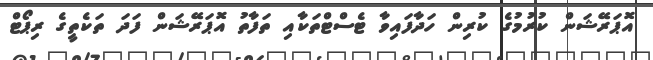
އޮޕަރޭޝަން ކުރުމުގެ ކުރިން ހަދާފައިވާ ޓެސްޓްތަކާއި ތަފާތު އޮޕަރޭޝަން ފަދަ ތަކެތީގެ ރިޕޯޓް